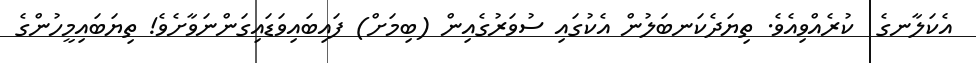
އެކަލާނގެ  ކުރެއްވިއެވެ. ތިޔަދެކަނބަލުން އެކުގައި ސުވަރުގެއިން (ބިމަށް) ފައިބައިވަޑަައިގަންނަވާށެވެ! ތިޔަބައިމީހުންގެ